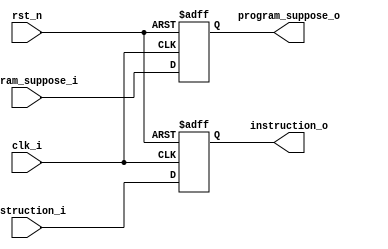
module reg_IF_ID (clk_i, rst_n,
	// From IF
	program_suppose_i,
	instruction_i,
	// To ID
	program_suppose_o,
	instruction_o
);

input clk_i, rst_n;
input [31:0] program_suppose_i, instruction_i;
output reg [31:0] program_suppose_o, instruction_o;

always@(posedge clk_i or negedge rst_n)
begin
	if(rst_n == 0)
	begin
		program_suppose_o <= 32'd0;
		instruction_o <= 32'd0;
	end
	else
	begin
		program_suppose_o <= program_suppose_i;
		instruction_o <= instruction_i;
	end
end

endmodule